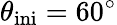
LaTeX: \theta_{\mathrm{ini}}=60^{\circ}